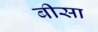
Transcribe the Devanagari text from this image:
बीसा